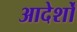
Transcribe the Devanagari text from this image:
आदेर्शों